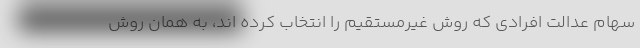
سهام عدالت افرادی که روش غیرمستقیم را انتخاب کرده اند، به همان روش